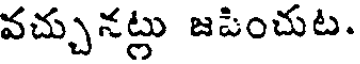
వచ్చునట్లు జపించుట.